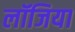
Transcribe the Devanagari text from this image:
लॉजिया